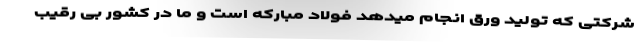
شرکتی که تولید ورق انجام میدهد فولاد مبارکه است و ما در کشور بی رقیب